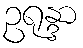
ဥရုန္ဒာ